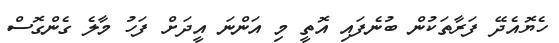
ހެޔޮއެދޭ ފަރާތަކުން ބުނެފައި އޮތީ މި އަންނަ އީދަށް ފަހު މާލެ ގެންގޮސް